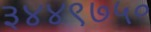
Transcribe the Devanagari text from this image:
३४४९७५०